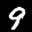
Label: 9